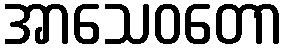
အာသေဝတော